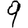
Digit: 9